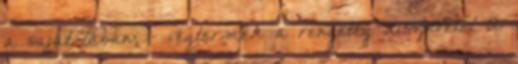
a saját lábán; - végtermék a renge­teg disznóétel A